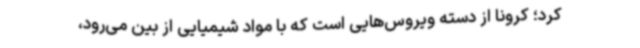
کرد؛ کرونا از دسته ویروس‌هایی است که با مواد شیمیایی از بین می‌رود،